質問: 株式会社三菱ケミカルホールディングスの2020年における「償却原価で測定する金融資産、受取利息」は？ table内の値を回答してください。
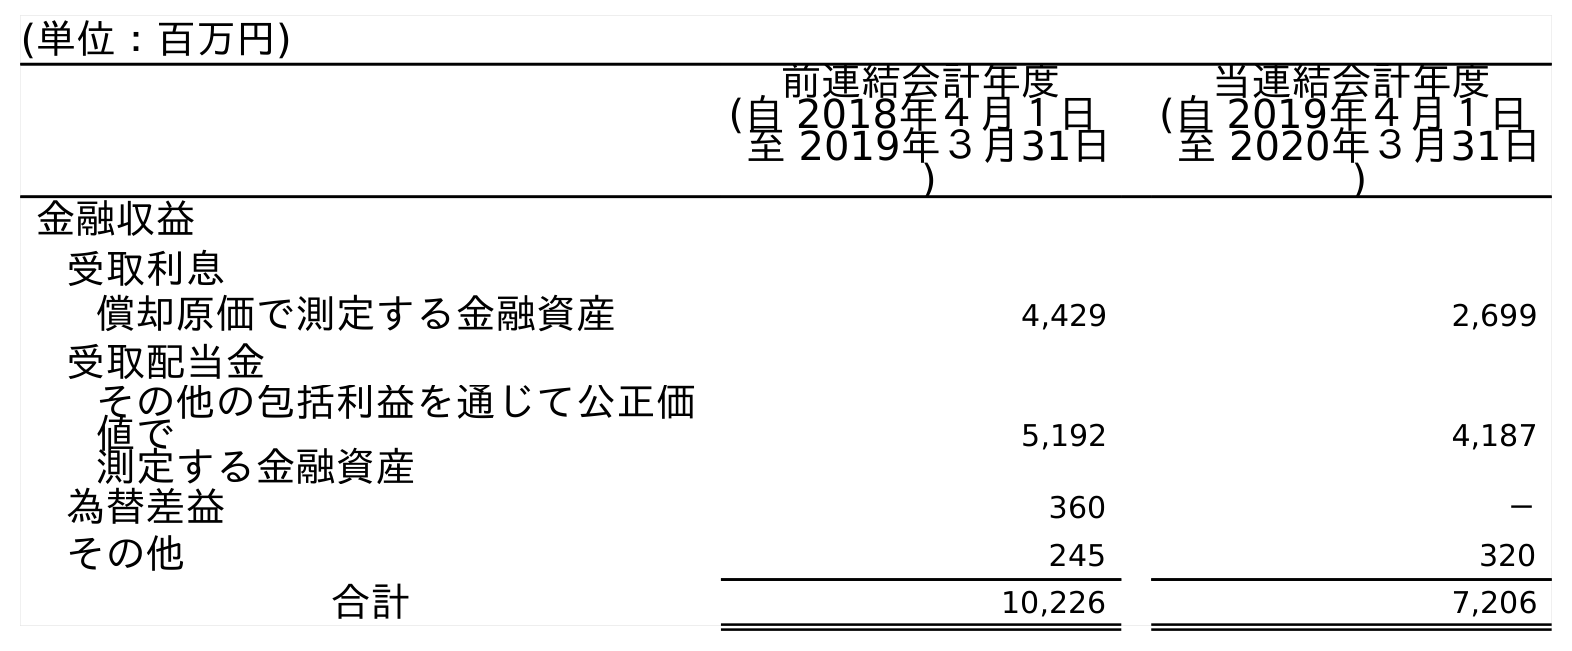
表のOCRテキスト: (単位：百万円) 前連結会計年度 (自 2018年４月１日 至 2019年３月31日 ) 当連結会計年度 (自 2019年４月１日 至 2020年３月31日 ) 金融収益 受取利息 償却原価で測定する金融資産 4,429 2,699 受取配当金 その他の包括利益を通じて公正価 値で 測定する金融資産 5,192 4,187 為替差益 360 － その他 245 320 合計 10,226 7,206
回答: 2,699